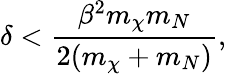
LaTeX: \delta<\frac{\beta^{2}m_{\chi}m_{N}}{2(m_{\chi}+m_{N})},